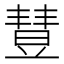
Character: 𣍈